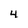
Character: 4